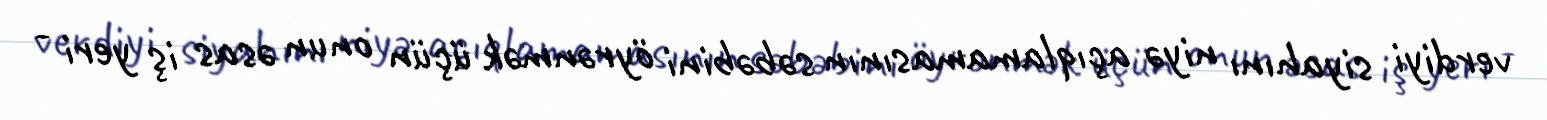
verdiyi siyahını niyə açıqlamamasının səbəbini öyrənmək üçün onun əsas iş yeri -